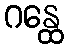
ဂန္ထေ